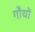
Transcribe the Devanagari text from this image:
गौथों